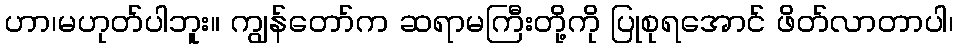
ဟာ၊မဟုတ်ပါဘူး။ ကျွန်တော်က ဆရာမကြီးတို့ကို ပြုစုရအောင် ဖိတ်လာတာပါ၊